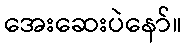
အေးဆေးပဲနော်။